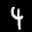
Label: 4